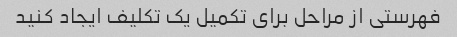
فهرستی از مراحل برای تکمیل یک تکلیف ایجاد کنید